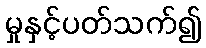
မှုနှင့်ပတ်သက်၍